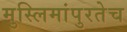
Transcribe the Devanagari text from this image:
मुस्लिमांपुरतेच